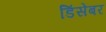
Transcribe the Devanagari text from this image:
डिंसेंबर